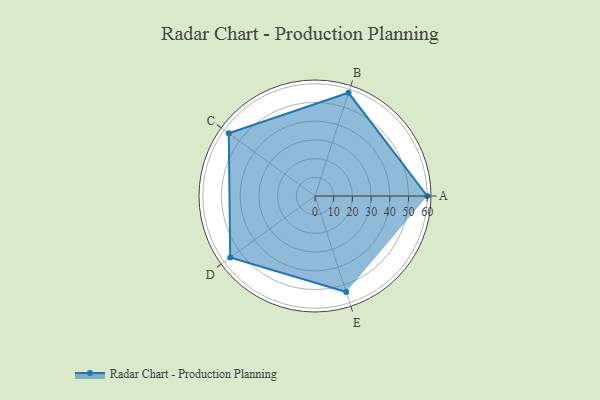
{"axis": {"x": "Skill", "y": "Score"}, "legend": ["Profile"], "data": [{"x": "A", "y": 60.0, "type": "Profile"}, {"x": "B", "y": 58.0, "type": "Profile"}, {"x": "C", "y": 57.0, "type": "Profile"}, {"x": "D", "y": 56.0, "type": "Profile"}, {"x": "E", "y": 54.0, "type": "Profile"}]}